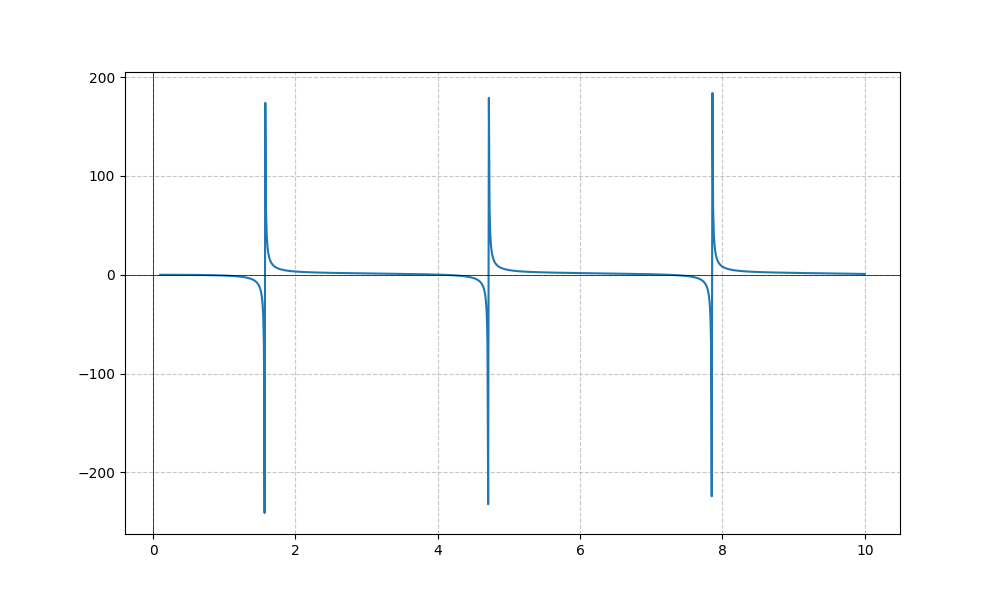
LaTeX formula: - \tan{\left(x \right)} + \operatorname{atan}{\left(x \right)}